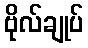
ဗိုလ်ချုပ်